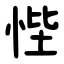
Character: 悂